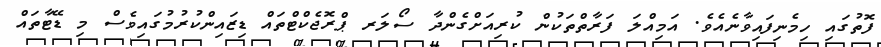
ފޮތުގައި ހިމެނިފައިވާނެއެވެ. އަމިއްލަ ފަރާތްތަކުން ކުރިއަށްގެންދާ ސޯލަރ ޕްރޮޖެކްޓްތައް ޑިޒައިންކުރުމުގައިވެސް މި ޑޭޓާތައް